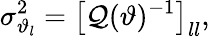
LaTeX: \sigma_{\vartheta_{l}}^{2}=\left[\mathcal{Q}(\vartheta)^{-1}\right]_{ll},